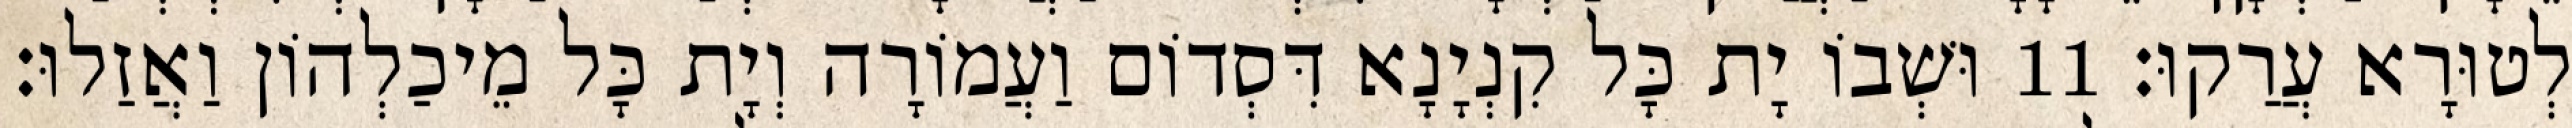
לְטוּרָא עֲרַקוּ׃ 11 וּשְׁבוֹ יָת כָּל קִנְיָנָא דִּסְדוֹם וַעֲמוֹרָה וְיָת כָּל מֵיכַלְהוֹן וַאֲזַלוּ׃